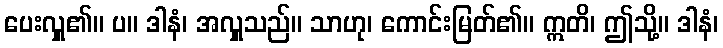
ပေးလှူ၏။ ပ။ ဒါနံ၊ အလှူသည်။ သာဟု၊ ကောင်းမြတ်၏။ ဣတိ၊ ဤသို့။ ဒါနံ၊